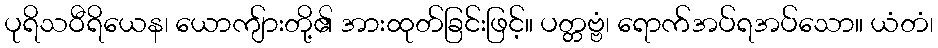
ပုရိသဝီရိယေန၊ ယောကျ်ားတို့၏ အားထုတ်ခြင်းဖြင့်။ ပတ္တဗ္ဗံ၊ ရောက်အပ်ရအပ်သော။ ယံတံ၊